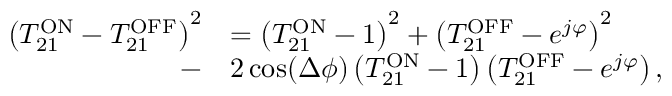
\begin{array} { r l } { \left( T _ { 2 1 } ^ { \mathrm { O N } } - T _ { 2 1 } ^ { \mathrm { O F F } } \right) ^ { 2 } } & { = \left( T _ { 2 1 } ^ { \mathrm { O N } } - 1 \right) ^ { 2 } + \left( T _ { 2 1 } ^ { \mathrm { O F F } } - e ^ { j \varphi } \right) ^ { 2 } } \\ { - } & { 2 \cos ( \Delta \phi ) \left( T _ { 2 1 } ^ { \mathrm { O N } } - 1 \right) \left( T _ { 2 1 } ^ { \mathrm { O F F } } - e ^ { j \varphi } \right) , } \end{array}